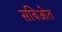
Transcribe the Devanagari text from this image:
सबिओत